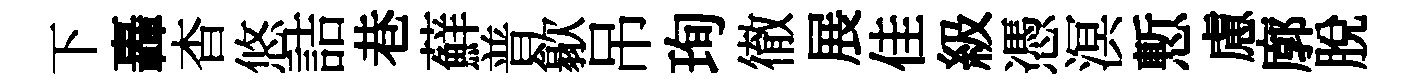
下轟杳悠詰巷蘚普歙吊珣徹展佳級憑溟慙慮廓脱